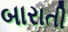
બારાતી